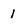
Character: 1